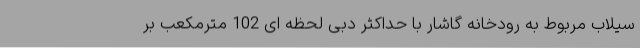
سیلاب مربوط به رودخانه گاشار با حداکثر دبی لحظه ای 102 مترمکعب بر